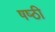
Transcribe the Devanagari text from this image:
षष्‍ठी